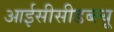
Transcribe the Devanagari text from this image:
आईसीसीडब्‍ल्‍यू